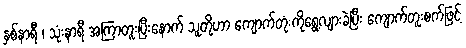
နှစ်နာရီ ၊ သုံးနာရီ အကြာတူးပြီးနောက် သူတို့ဟာ ကျောက်တုံးကိုရွေ့လျားခဲ့ပြီး ကျောက်တူးစက်ဖြင့်